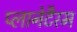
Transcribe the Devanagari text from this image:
प्लानेटैरम